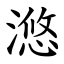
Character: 滺